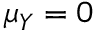
\mu _ { Y } = 0